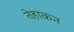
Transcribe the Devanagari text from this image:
तेहाकन